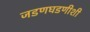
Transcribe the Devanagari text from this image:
जडणघडणीशी